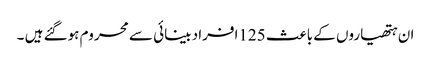
ان ہتھیاروں کے باعث 125افراد بینائی سے محروم ہوگئے ہیں ۔